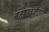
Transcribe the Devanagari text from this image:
बहाउद्दौला